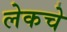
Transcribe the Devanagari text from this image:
लेकचे